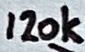
Text: 120k